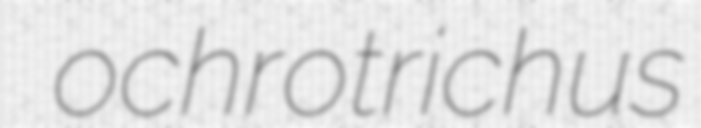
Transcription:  ochrotrichus